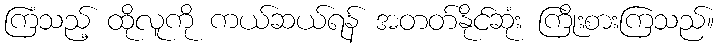
ကြံသည့် ထိုလူကို ကယ်ဆယ်ရန် အတတ်နိုင်ဆုံး ကြိုးစားကြသည်။